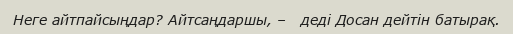
Неге айтпайсыңдар? Айтсаңдаршы, –   деді Досан дейтін батырақ.